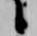
候